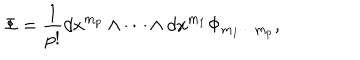
\Phi = \frac { 1 } { p ! } d x ^ { m _ { p } } \wedge \cdots \wedge d x ^ { m _ { 1 } } \Phi _ { m _ { 1 } \cdots m _ { p } } ,